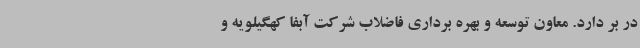
در بر دارد. معاون توسعه و بهره برداری فاضلاب شرکت آبفا کهگیلویه و